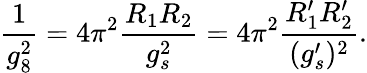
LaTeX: \frac{1}{g_{8}^{2}}=4\pi^{2}\frac{R_{1}R_{2}}{g_{s}^{2}}=4\pi^{2}\frac{R_{1}^{\prime}R_{2}^{\prime}}{(g_{s}^{\prime})^{2}}.